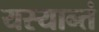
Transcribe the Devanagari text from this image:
यस्यान्तं